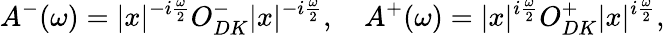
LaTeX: A^{-}(\omega)=|x|^{-i\frac{\omega}{2}}O_{DK}^{-}|x|^{-i\frac{\omega}{2}},\quad A^{+}(\omega)=|x|^{i\frac{\omega}{2}}O_{DK}^{+}|x|^{i\frac{\omega}{2}},